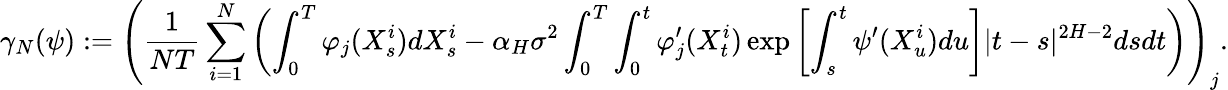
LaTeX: \gamma_{N}(\psi):=\left(\frac{1}{NT}\sum_{i=1}^{N}\left(\int_{0}^{T}\varphi_{j}(X_{s}^{i})dX_{s}^{i}-\alpha_{H}\sigma^{2}\int_{0}^{T}\int_{0}^{t}\varphi_{j}^{\prime}(X_{t}^{i})\exp\left[\int_{s}^{t}\psi^{\prime}(X_{u}^{i})du\right]|t-s|^{2H-2}dsdt\right)\right)_{j}.